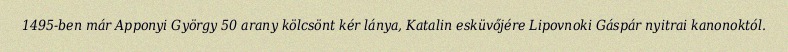
1495-ben már Apponyi György 50 arany kölcsönt kér lánya, Katalin esküvőjére Lipovnoki Gáspár nyitrai kanonoktól.